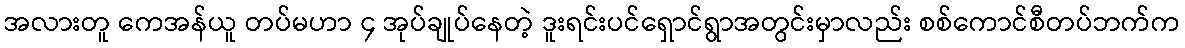
အလားတူ ကေအန်ယူ တပ်မဟာ ၄ အုပ်ချုပ်နေတဲ့ ဒူးရင်းပင်ရှောင်ရွာအတွင်းမှာလည်း စစ်ကောင်စီတပ်ဘက်က